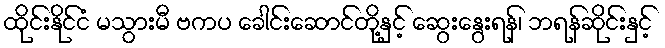
ထိုင်းနိုင်ငံ မသွားမီ ဗကပ ခေါင်းဆောင်တို့နှင့် ဆွေးနွေးရန်၊ ဘရန်ဆိုင်းနှင့်